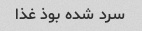
سرد شده بوذ غذا